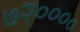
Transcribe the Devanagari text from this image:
७२००००